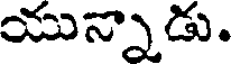
యున్నాడు.